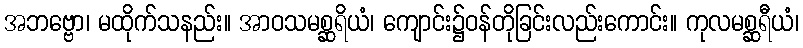
အဘဗ္ဗော၊ မထိုက်သနည်း။ အာဝသမစ္ဆရိယံ၊ ကျောင်း၌ဝန်တိုခြင်းလည်းကောင်း။ ကုလမစ္ဆရီယံ၊